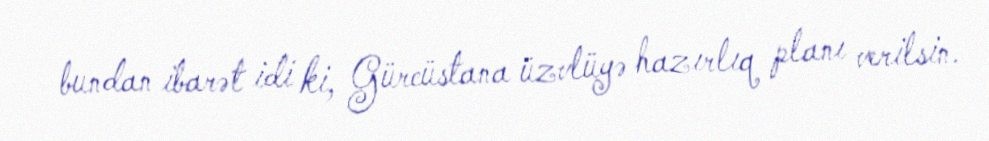
bundan ibarət idi ki, Gürcüstana üzvlüyə hazırlıq planı verilsin.